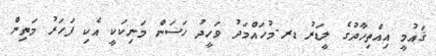
ޤައުމީ އިއްތިހާދުގެ ލީޑަރު ޑރ.މުހައްމަދު ވަހީދު ހަސަން މަނިކަކީ އެކި ފަހަރު މަތިން